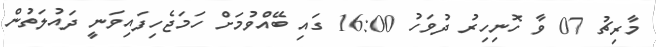
މާރިޗު 07 ވާ ހޮނިހިރު ދުވަހު 16:00 ގައި ބޭއްވުމަށް ހަމަޖެހިފައިވަނީ ދައުލަތުން